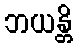
ဘယန္တိ